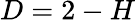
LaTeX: D=2-H